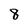
Character: 8